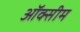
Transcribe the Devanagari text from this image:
ऑक्सीम